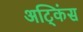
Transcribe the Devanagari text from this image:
अट्किंस